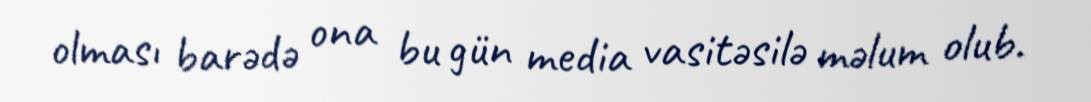
olması barədə ona bu gün media vasitəsilə məlum olub.